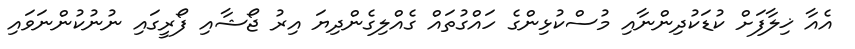
އެއާ ޚިލާފަށް ކުޑަކުދިންނާއި މުސްކުޅިންގެ ހައްގުތައް ގެއްލިގެންދިޔަ އިރު ޖޯޝާއި ފޯރީގައި ނުނުކުންނަވައި